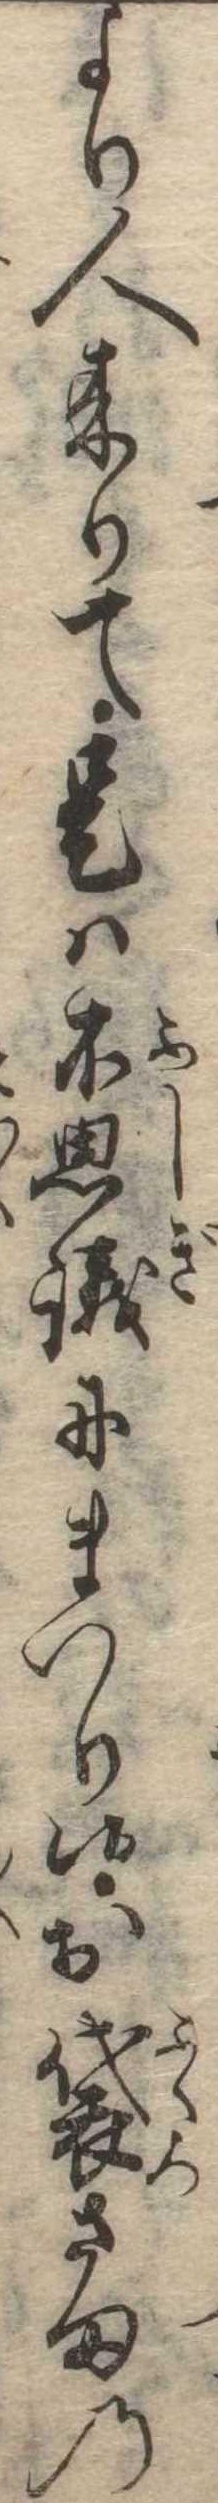
より人来りて是は不思議にまいり候お袋さまの